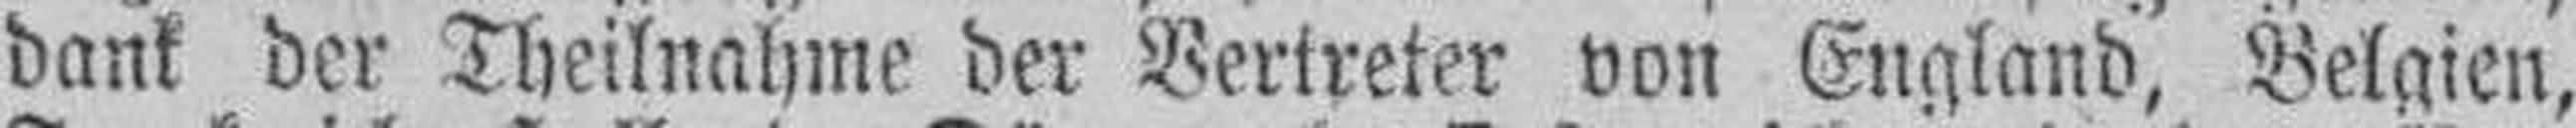
dank der Theilnahme der Vertreter von England, Belgien,